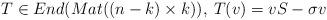
LaTeX: \begin{align*}T\in End(Mat((n-k)\times k)),\:T(v)=vS-\sigma v\end{align*}